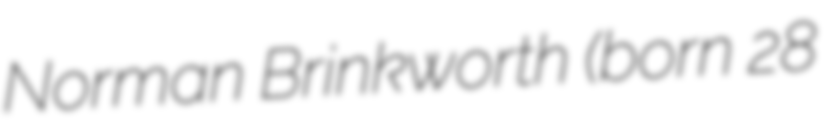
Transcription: Norman Brinkworth (born 28